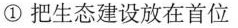
①把生态建设放在首位